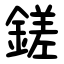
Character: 鎈